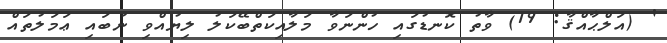
' (އަލްޙާއްޤާ: 19) ވާތު ކޮނޑުގައި ހުންނަވާ މަލާއިކަތްބޭކަލު ލިޔުއްވި ނުބައި ޢަމަލުތައް